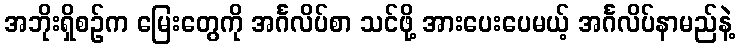
အဘိုးရှိစဉ်က မြေးတွေကို အင်္ဂလိပ်စာ သင်ဖို့ အားပေးပေမယ့် အင်္ဂလိပ်နာမည်နဲ့